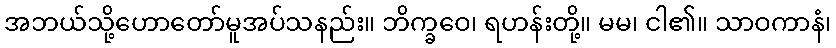
အဘယ်သို့ဟောတော်မူအပ်သနည်း။ ဘိက္ခဝေ၊ ရဟန်းတို့။ မမ၊ ငါ၏။ သာဝကာနံ၊